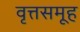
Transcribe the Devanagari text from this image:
वृत्तसमूह